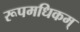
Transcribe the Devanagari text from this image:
रूपमधिकम्